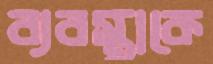
ব্যবস্থাকে